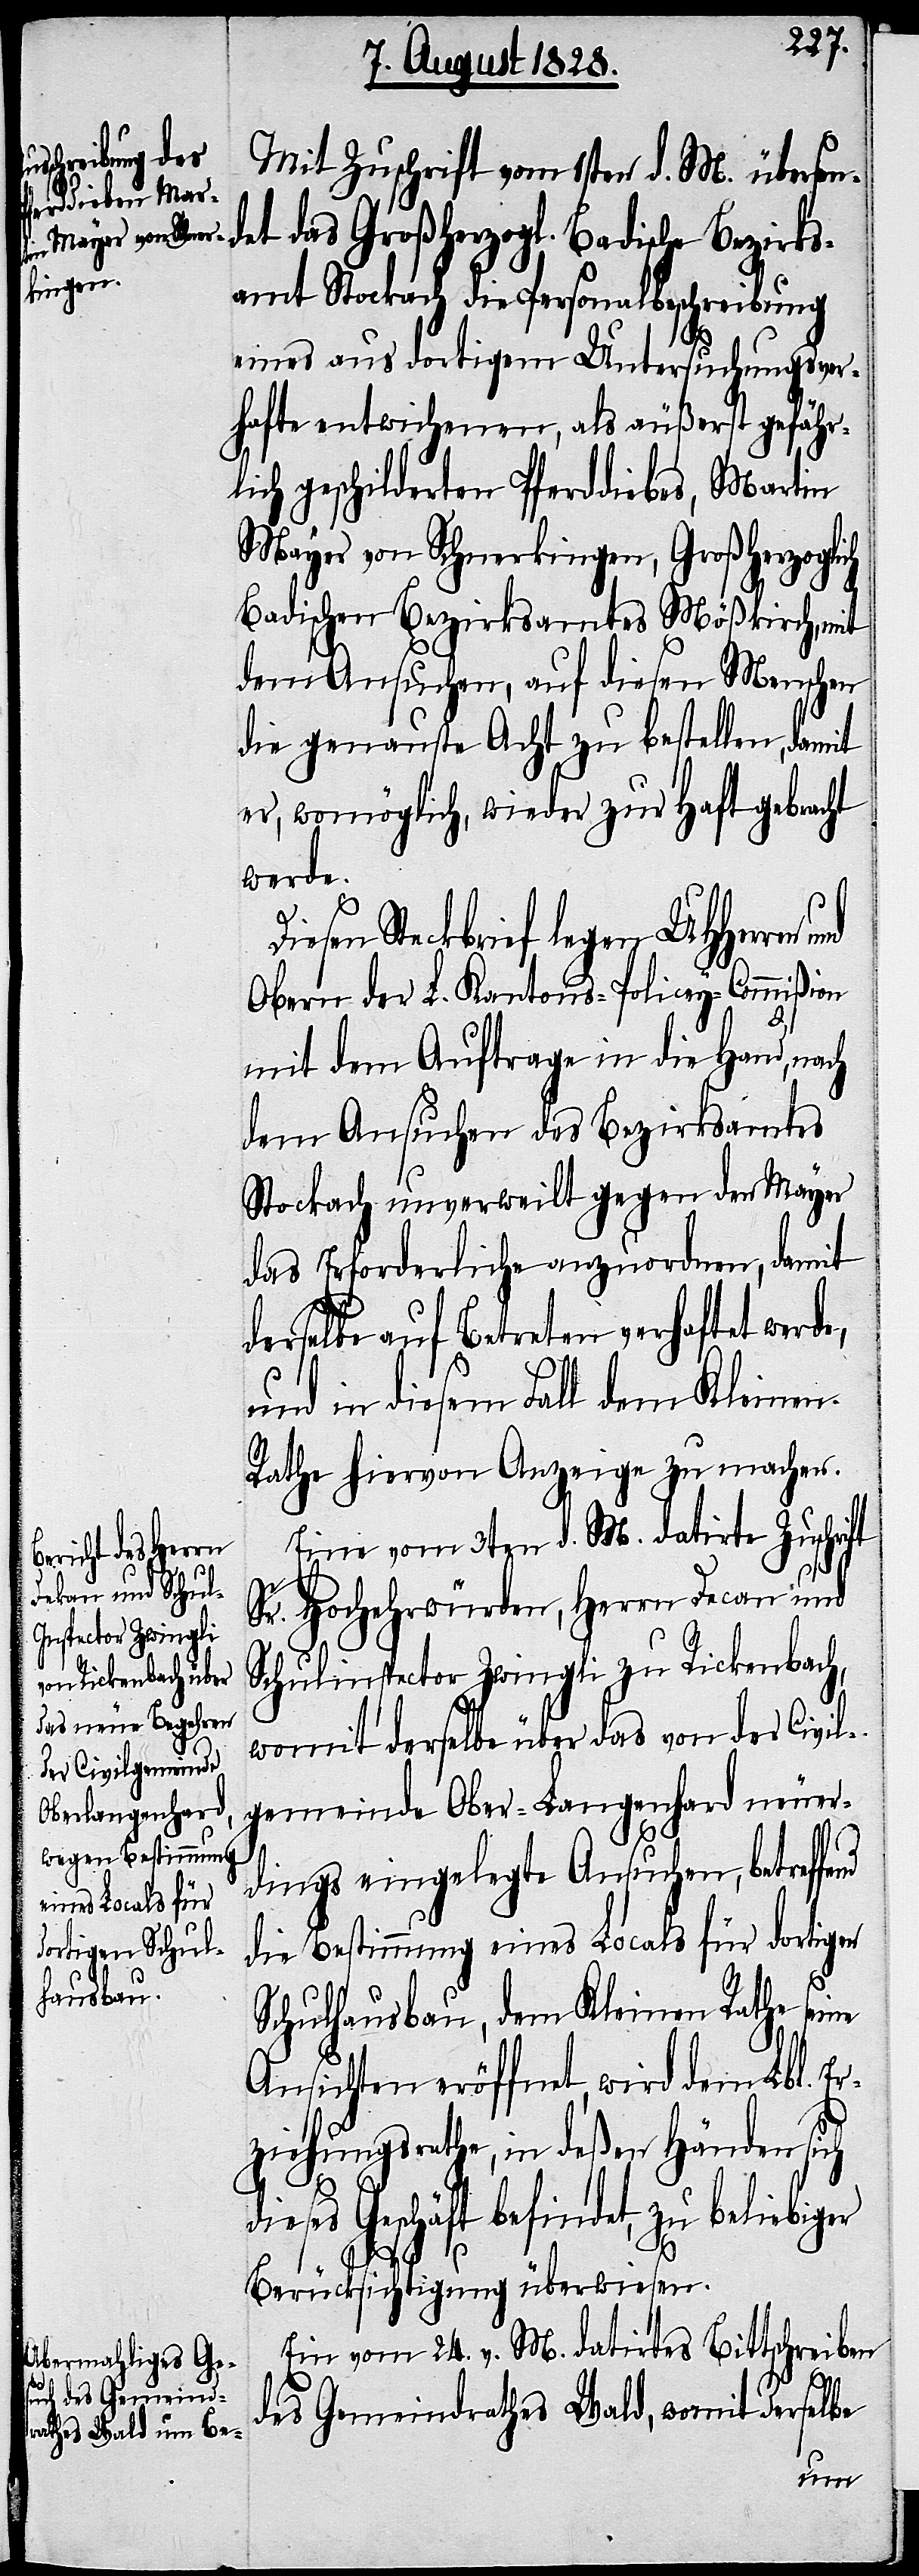
Mit Zuschrift vom 1sten d. M. über¬
sendet das Großherzogl. Badische Bezirks¬
amt Stockach die Personalbeschreibung
eines aus dortigem Untersuchungsver¬
hafte entwichenen, als äußerst gefähr¬
lich geschilderten Pferddiebes, Martin
Mayer von Schnerkingen, Großherzoglich
Badischen Bezirksamtes Mößkirch, mit
dem Ansuchen, auf diesen Menschen
die genauste Acht zu bestellen, damit
er, womöglich, wieder zur Haft gebracht
werde.
Diesen Steckbrief legen UHHerren
Obern der L. Kantons-Policey-Commißion
mit dem Auftrage in die Hand, nach
dem Ansuchen des Bezirksamtes
Stockach unverweilt gegen den Mayer
das Erforderliche anzuordnen, damit
derselbe auf Betreten verhaftet werde,
und in diesem Fall dem Kleinen
Rathe hiervon Anzeige zu machen.
Eine vom 3ten d. M. datirte Zuschrift
Sr. Hochehrwürden, Herrn Decan und
Schulinspector Zwingli zu Rickenbach,
womit derselbe über das von der Civil¬
gemeinde Ober-Langenhard neuer¬
dings eingelegte Ansuchen, betreffend
die Bestimmung eines Locals für dortigen
Schulhausbau, dem Kleinen Rathe seine
Ansichten eröffnet, wird dem Lbl. Er¬
ziehungsrathe, in deßen Händen sich
dieses Geschäft befindet, zu beliebiger
Berücksichtigung überwiesen.
Ein vom 24. v. M. datirtes Bittschreiben
des Gemeindrathes Wald, womit derselbe